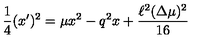
\frac { 1 } { 4 } ( x ^ { \prime } ) ^ { 2 } = \mu x ^ { 2 } - q ^ { 2 } x + \frac { \ell ^ { 2 } ( \Delta \mu ) ^ { 2 } } { 1 6 }